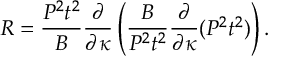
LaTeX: R = { \frac { P ^ { 2 } t ^ { 2 } } { B } } { \frac { \partial } { \partial \kappa } } \left( { \frac { B } { P ^ { 2 } t ^ { 2 } } } { \frac { \partial } { \partial \kappa } } ( P ^ { 2 } t ^ { 2 } ) \right) .